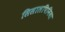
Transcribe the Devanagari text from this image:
सिसालपिनिया